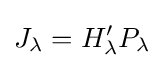
J_{\lambda }=H'_{\lambda }P_{\lambda }